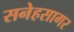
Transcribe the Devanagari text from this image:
सनेहसागर